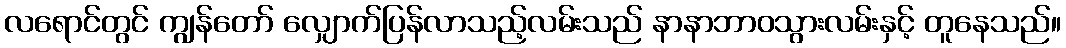
လရောင်တွင် ကျွန်တော် လျှောက်ပြန်လာသည့်လမ်းသည် နာနာဘာဝသွားလမ်းနှင့် တူနေသည်။